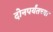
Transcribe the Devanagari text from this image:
दोनपर्यंतच्या